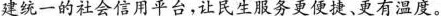
建统一的社会信用平台，让民生服务更便捷、更有温度。